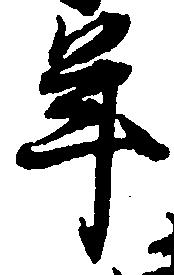
年